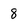
Character: 8